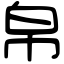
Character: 帛